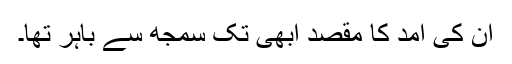
ان کی آمد کا مقصد ابھی تک سمجھ سے باہر تھا۔